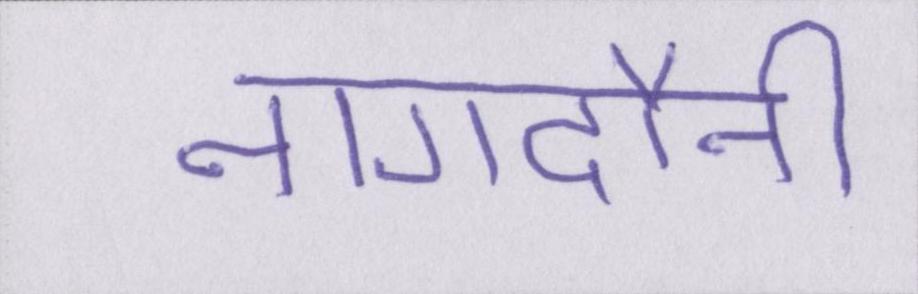
नागदौनी